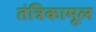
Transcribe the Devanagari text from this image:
तंत्रिकामूल